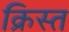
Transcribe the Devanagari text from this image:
क्रिस्त